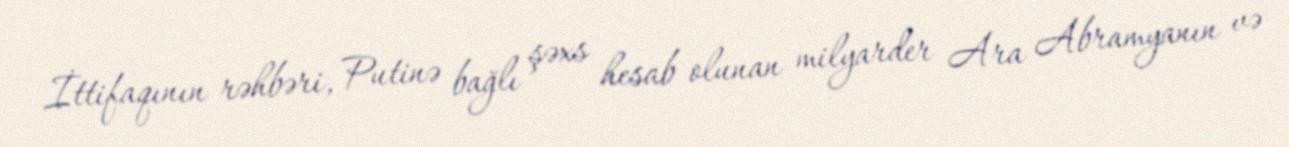
İttifaqının rəhbəri, Putinə bağlı şəxs hesab olunan milyarder Ara Abramyanın və